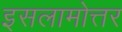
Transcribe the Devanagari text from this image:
इसलामोत्तर